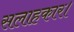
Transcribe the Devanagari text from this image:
सलाहकार।